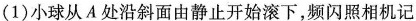
(1)小球从A处沿斜面由静止开始滚下，频闪照相机记